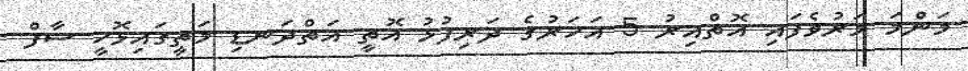
މަންމަ މަރުވެފައި އޮތްއިރު 5 އަހަރުގެ ދަރިފުޅު އޮތީ އަތްދަނޑި މަތީގައިޅޮހީ ސާފް